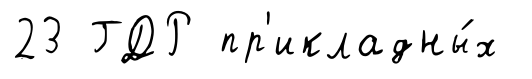
23 ГДР пр'икладны́х